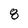
Character: 8